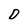
Character: D